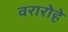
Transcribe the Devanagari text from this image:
वरारोहे